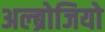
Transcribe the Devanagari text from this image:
अल्ब्रोजियो